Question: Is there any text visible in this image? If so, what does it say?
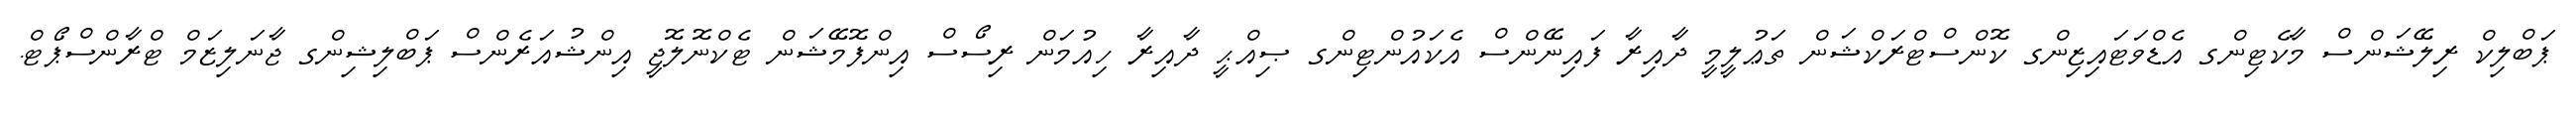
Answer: ޕަބްލިކް ރިލޭޝަންސް މާކެޓިންގ އެޑްވަޓައިޒިންގ ކޮންސްޓްރަކްޝަން ތަޢުލީމީ ދާއިރާ ފައިނޭންސް އެކައުންޓިންގ ޞިއްޙީ ދާއިރާ ހިއުމަން ރިސޯސް އިންފޮމޭޝަން ޓެކްނޮލޮޖީ އިންޝުއަރެންސް ޕަބްލިޝިންގ ޖާނަލިޒަމް ޓްރާންސްޕޯޓް.